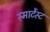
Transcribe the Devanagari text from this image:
स्मार्टेस्ट